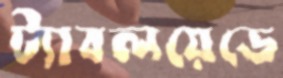
ট্যাবলয়েডে